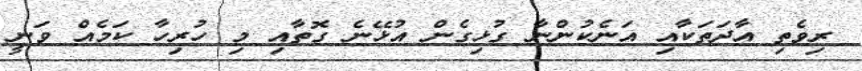
ރިވެތި އާދަތަކާއި އަނެކުންނާ ގުޅިގެން އުޅޭނެ ގޮތާއި މި ހުރިހާ ކަމެއް ވަނީ